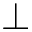
\perp